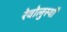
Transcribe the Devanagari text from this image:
रेवोलुस्योँ